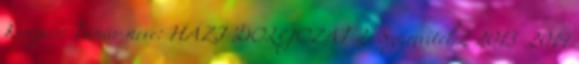
Kurzus: Tanár neve: HÁZI DOLGOZAT 2. Számvitel 2 2013 2014